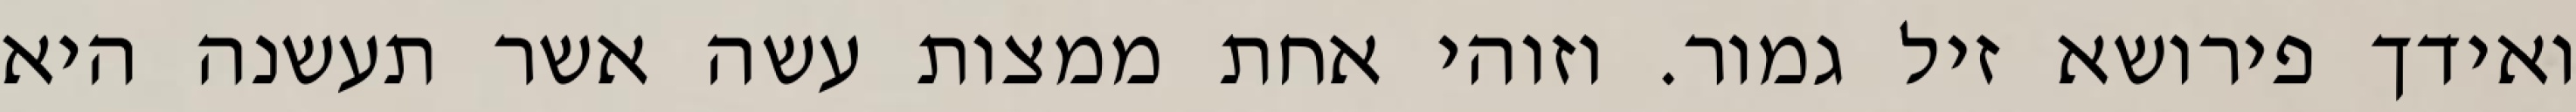
ואידך פירושא זיל גמור. וזוהי אחת ממצות עשה אשר תעשנה היא